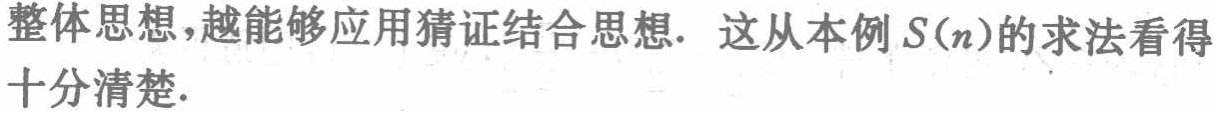
整体思想，越能够应用猜证结合思想. 这从本例\(S(n)\)的求法看得十分清楚.